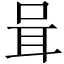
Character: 咠